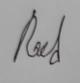
Signature authenticity: genuine